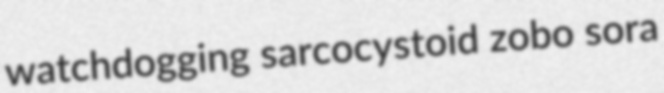
watchdogging sarcocystoid zobo sora